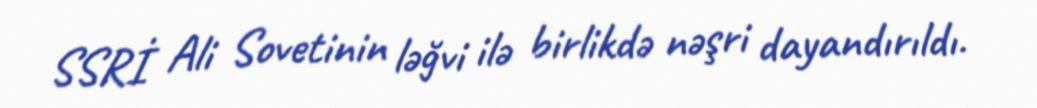
SSRİ Ali Sovetinin ləğvi ilə birlikdə nəşri dayandırıldı.